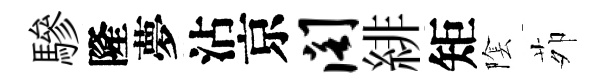
驂隆夢沾京阁緋矩隂茆